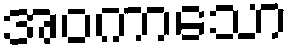
အဝကာသော